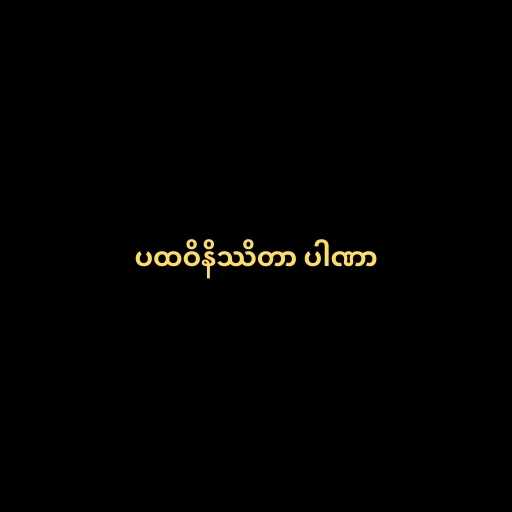
ပထဝိနိဿိတာ ပါဏာ